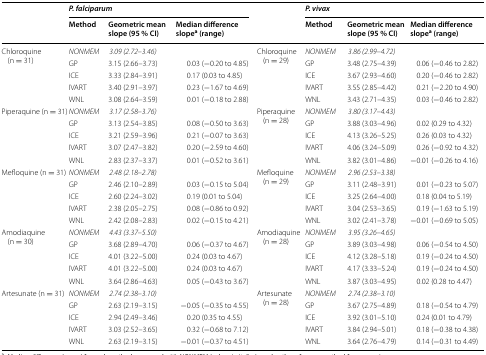
<table><thead><tr><td rowspan="2"></td><td colspan="3"><b><i>P. falciparum</i></b></td><td rowspan="2"></td><td colspan="3"><b><i>P. vivax</i></b></td></tr><tr><td><b>Method</b></td><td><b>Geometric mean slope (95 % CI)</b></td><td><b>Median difference slope<sup>a</sup> (range)</b></td><td><b>Method</b></td><td><b>Geometric mean slope (95 % CI)</b></td><td><b>Median difference slope<sup>a</sup> (range)</b></td></tr></thead><tbody><tr><td rowspan="5">Chloroquine (n = 31)</td><td><i>NONMEM</i></td><td><i>3.09 (2.72–3.46)</i></td><td></td><td rowspan="5">Chloroquine (n = 29)</td><td><i>NONMEM</i></td><td><i>3.86 (2.99–4.72)</i></td><td></td></tr><tr><td>GP</td><td>3.15 (2.66–3.73)</td><td>0.03 (−0.20 to 4.85)</td><td>GP</td><td>3.48 (2.75–4.39)</td><td>0.06 (−0.46 to 2.82)</td></tr><tr><td>ICE</td><td>3.33 (2.84–3.91)</td><td>0.17 (0.03 to 4.85)</td><td>ICE</td><td>3.67 (2.93–4.60)</td><td>0.20 (−0.46 to 2.82)</td></tr><tr><td>IVART</td><td>3.40 (2.91–3.97)</td><td>0.23 (−1.67 to 4.69)</td><td>IVART</td><td>3.55 (2.85–4.42)</td><td>0.21 (−2.20 to 4.90)</td></tr><tr><td>WNL</td><td>3.08 (2.64–3.59)</td><td>0.01 (−0.18 to 2.88)</td><td>WNL</td><td>3.43 (2.71–4.35)</td><td>0.03 (−0.46 to 2.82)</td></tr><tr><td rowspan="5">Piperaquine (n = 31)</td><td><i>NONMEM</i></td><td><i>3.17 (2.58–3.76)</i></td><td></td><td rowspan="5">Piperaquine (n = 28)</td><td><i>NONMEM</i></td><td><i>3.80 (3.17–4.43)</i></td><td></td></tr><tr><td>GP</td><td>3.13 (2.54–3.85)</td><td>0.08 (−0.50 to 3.63)</td><td>GP</td><td>3.88 (3.03–4.96)</td><td>0.02 (0.29 to 4.32)</td></tr><tr><td>ICE</td><td>3.21 (2.59–3.96)</td><td>0.21 (−0.07 to 3.63)</td><td>ICE</td><td>4.13 (3.26–5.25)</td><td>0.26 (0.03 to 4.32)</td></tr><tr><td>IVART</td><td>3.07 (2.47–3.82)</td><td>0.20 (−2.59 to 4.60)</td><td>IVART</td><td>4.06 (3.24–5.09)</td><td>0.26 (−0.92 to 4.32)</td></tr><tr><td>WNL</td><td>2.83 (2.37–3.37)</td><td>0.01 (−0.52 to 3.61)</td><td>WNL</td><td>3.82 (3.01–4.86)</td><td>−0.01 (−0.26 to 4.16)</td></tr><tr><td rowspan="5">Mefloquine (n = 31)</td><td><i>NONMEM</i></td><td><i>2.48 (2.18–2.78)</i></td><td></td><td rowspan="5">Mefloquine (n = 29)</td><td><i>NONMEM</i></td><td><i>2.96 (2.53–3.38)</i></td><td></td></tr><tr><td>GP</td><td>2.46 (2.10–2.89)</td><td>0.03 (−0.15 to 5.04)</td><td>GP</td><td>3.11 (2.48–3.91)</td><td>0.01 (−0.23 to 5.07)</td></tr><tr><td>ICE</td><td>2.60 (2.24–3.02)</td><td>0.19 (0.01 to 5.04)</td><td>ICE</td><td>3.25 (2.64–4.00)</td><td>0.18 (0.04 to 5.19)</td></tr><tr><td>IVART</td><td>2.38 (2.05–2.75)</td><td>0.08 (−0.86 to 0.92)</td><td>IVART</td><td>3.04 (2.53–3.65)</td><td>0.19 (−1.63 to 5.19)</td></tr><tr><td>WNL</td><td>2.42 (2.08–2.83)</td><td>0.02 (−0.15 to 4.21)</td><td>WNL</td><td>3.02 (2.41–3.78)</td><td>−0.01 (−0.69 to 5.05)</td></tr><tr><td rowspan="5">Amodiaquine (n = 30)</td><td><i>NONMEM</i></td><td><i>4.43 (3.37–5.50)</i></td><td></td><td rowspan="5">Amodiaquine (n = 28)</td><td><i>NONMEM</i></td><td><i>3.95 (3.26–4.65)</i></td><td></td></tr><tr><td>GP</td><td>3.68 (2.89–4.70)</td><td>0.06 (−0.37 to 4.67)</td><td>GP</td><td>3.89 (3.03–4.98)</td><td>0.06 (−0.54 to 4.50)</td></tr><tr><td>ICE</td><td>4.01 (3.22–5.00)</td><td>0.24 (0.03 to 4.67)</td><td>ICE</td><td>4.12 (3.28–5.18)</td><td>0.19 (−0.24 to 4.50)</td></tr><tr><td>IVART</td><td>4.01 (3.22–5.00)</td><td>0.24 (0.03 to 4.67)</td><td>IVART</td><td>4.17 (3.33–5.24)</td><td>0.19 (−0.24 to 4.50)</td></tr><tr><td>WNL</td><td>3.64 (2.86–4.63)</td><td>0.05 (−0.43 to 3.67)</td><td>WNL</td><td>3.87 (3.03–4.95)</td><td>0.02 (0.28 to 4.47)</td></tr><tr><td rowspan="5">Artesunate (n = 31)</td><td><i>NONMEM</i></td><td><i>2.74 (2.38–3.10)</i></td><td></td><td rowspan="5">Artesunate (n = 28)</td><td><i>NONMEM</i></td><td><i>2.74 (2.38–3.10)</i></td><td></td></tr><tr><td>GP</td><td>2.63 (2.19–3.15)</td><td>−0.05 (−0.35 to 4.55)</td><td>GP</td><td>3.67 (2.75–4.89)</td><td>0.18 (−0.54 to 4.79)</td></tr><tr><td>ICE</td><td>2.94 (2.49–3.46)</td><td>0.20 (0.35 to 4.55)</td><td>ICE</td><td>3.92 (3.01–5.10)</td><td>0.24 (0.01 to 4.79)</td></tr><tr><td>IVART</td><td>3.03 (2.52–3.65)</td><td>0.32 (−0.68 to 7.12)</td><td>IVART</td><td>3.84 (2.94–5.01)</td><td>0.18 (−0.38 to 4.38)</td></tr><tr><td>WNL</td><td>2.63 (2.19–3.15)</td><td>−0.01 (−0.37 to 4.51)</td><td>WNL</td><td>3.64 (2.76–4.79)</td><td>0.14 (−0.31 to 4.49)</td></tr></tbody></table>